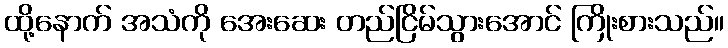
ထို့နောက် အသံကို အေးဆေး တည်ငြိမ်သွားအောင် ကြိုးစားသည်။